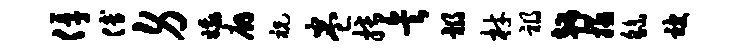
俘傅身娥廨祝卷搏矣祸材祸趣拯繇被